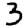
Digit: 3